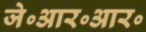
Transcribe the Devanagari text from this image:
जे॰आर॰आर॰